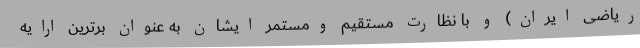
ریاضی ایران) و با نظارت مستقیم ومستمر ایشان به عنوان برترین ارایه